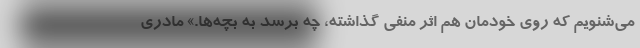
می‌شنویم که روی خودمان هم اثر منفی گذاشته، چه برسد به بچه‌ها.» مادری